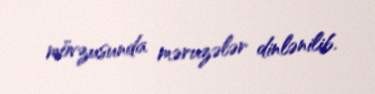
mövzusunda məruzələr dinlənilib.